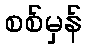
စစ်မှန်